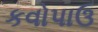
કવોપાઉ